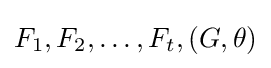
F_{1},F_{2},\ldots ,F_{t},(G,\theta )